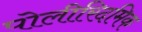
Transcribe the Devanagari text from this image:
पोलीरिदमिक